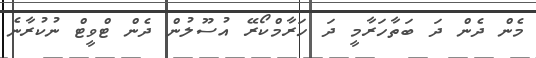
މެން ދެން ދަ ބަތާހަރާމީ ދަ ހަރާމްކޯރޭ އުސޫލުން ދެން ޓްވީޓް ނުކުރާނެ